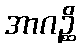
အာဂဉ္ဆိ